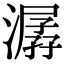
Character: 潺